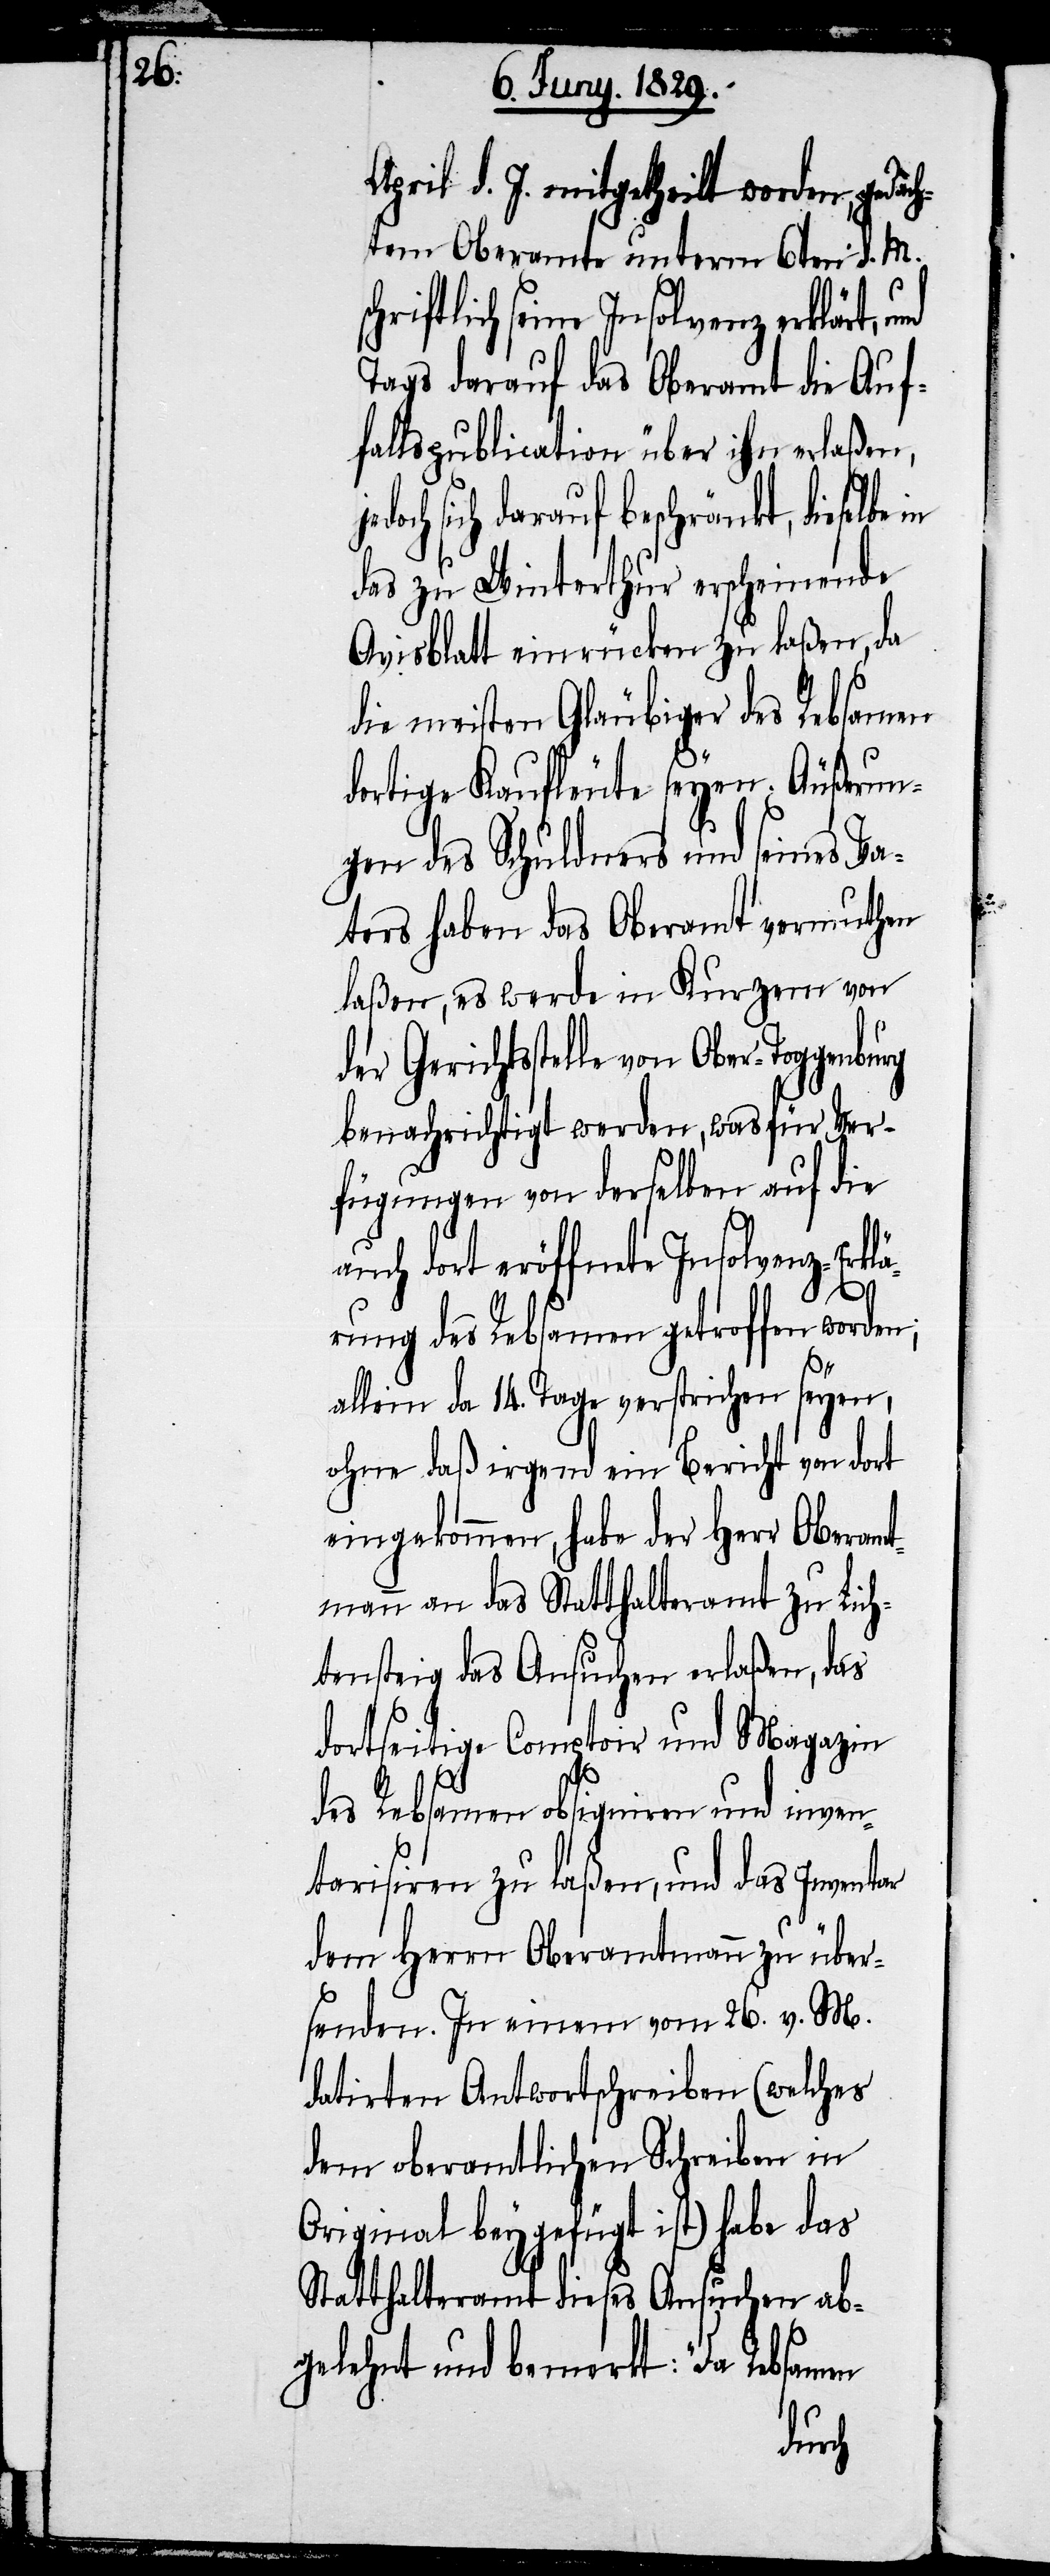
April d. J. mitgetheilt worden, geda¬
chtem Oberamte unterm 6ten d. M.
hriftlich seine Insolvenz erklärt,
Tags darauf das Oberamt die Auf¬
fallspublication über ihn erlaßen,
och sich darauf beschränkt, dieselbe
das zu Winterthur erscheinende
Avisblatt einrücken zu laßen, da
die meisten Gläubiger des Rebsamen
dortige Kaufleute seyen. Äußerun¬
gen des Schuldners und seines Va¬
ters haben das Oberamt vermuthen
laßen, es werde in Kurzem von
der Gerichtsstelle von Ober-Tog¬
benachrichtigt werden, wasfür Ver¬
fügungen von derselben auf die
auch dort eröffnete Insolvenz-Erkl¬
sc¬
ärung des Rebsamen getroffen worden;
allein da 14. Tage verstrichen seyen,
ohne daß irgend ein Bericht von dort
eingekommen, habe der Herr Oberamt¬
mann an das Statthalteramt zu Lich¬
tensteig das Ansuchen erlaßen, das
dortseitige Comptoir und Magazin
des Rebsamen obsigniren und inven¬
tarisiren zu laßen, und das Inventar
dem Herrn Oberamtmann zu über¬
senden. In einem vom 26. v. M.
datirten Antwortschreiben (welches
dem oberamtlichen Schreiben in
Original beygefügt ist) habe das
Statthalteramt dieses Ansuchen ab¬
gelehnt und bemerkt: „Da Rebsamen
burg

jed¬